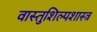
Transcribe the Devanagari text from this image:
वास्तुशिल्पशास्त्र